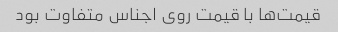
قیمت‌ها با قیمت روی اجناس متفاوت بود